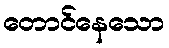
တောင်နေသော